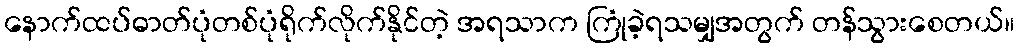
နောက်ထပ်ဓာတ်ပုံတစ်ပုံရိုက်လိုက်နိုင်တဲ့ အရသာက ကြုံခဲ့ရသမျှအတွက် တန်သွားစေတယ်။